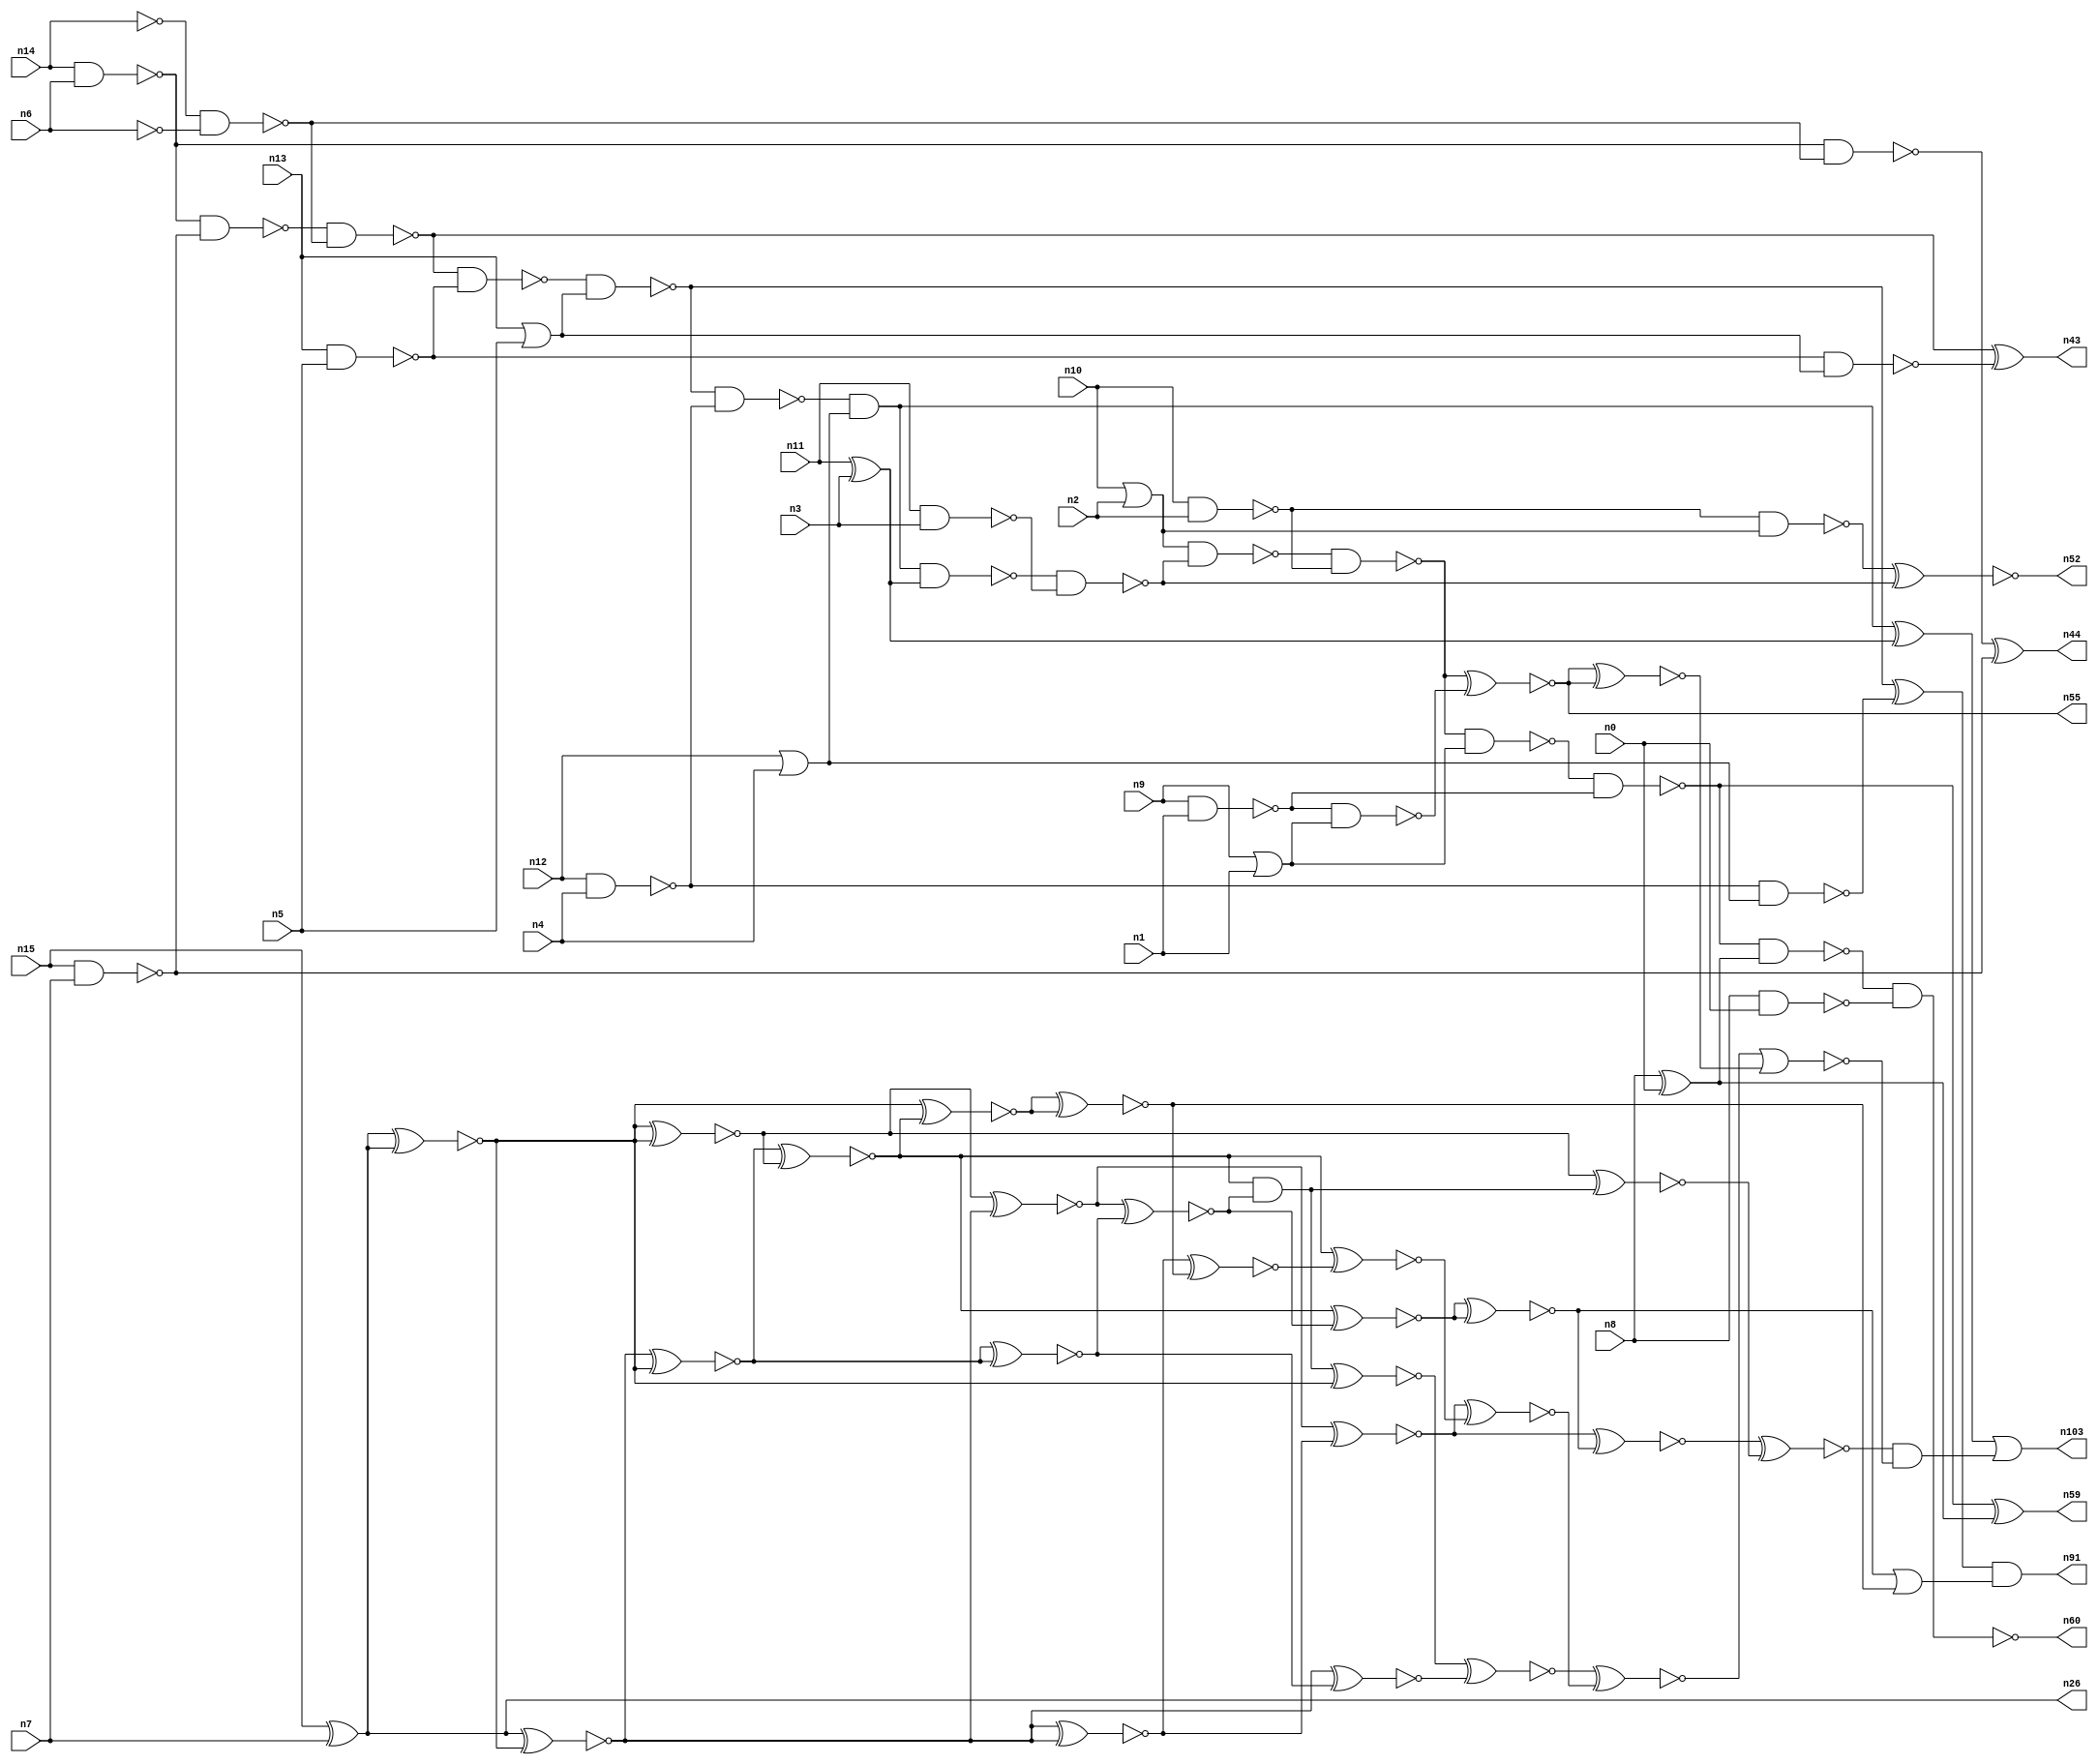
// This program was cloned from: https://github.com/umar-afzaal/ReCkt
// License: MIT License

// This file contains a pareto-optimal circuit with respect to area and the fault-resilince parameter p_fault which is defined as:
// "For all input vectors, the ratio of the no. of faults observable at the POs to the no. of total possible faults in the circuit".
// This code is part of the ReCkt library (https://github.com/umar-afzaal/ReCkt) distributed under The MIT License.
// When used, please cite the following article(s):
// U. Afzaal, A.S. Hassan, M. Usman and J.A. Lee, "On the Evolutionary Synthesis of Increased Fault-resilience Arithmetic Circuits".

// p_fault = 50.8 %    (Lower is better)
// gates = 85.0
// levels = 16
// area = 118.74    (For MCNC library relative to nand2)
// power = 841.0 uW    (Berkely-SIS for MCNC library @ Vdd=5V and 20 MHz clock)
// delay = 28.6 ns    (Berkely-ABC for MCNC library)
// PDP = 2.40526e-11 J

// Pin mapping:
// {n0, n1, n2, n3, n4, n5, n6, n7} = A[7:0]
// {n8, n9, n10, n11, n12, n13, n14, n15} = B[7:0]
// {n60, n59, n55, n52, n103, n91, n43, n44, n26} = O[8:0]

module addr8u_area_102 (
n0, n1, n2, n3, n4, n5, n6, n7, n8, n9, n10, n11, n12, n13, n14, n15, 
n60, n59, n55, n52, n103, n91, n43, n44, n26
);

input n0, n1, n2, n3, n4, n5, n6, n7, n8, n9, n10, n11, n12, n13, n14, n15;
output n60, n59, n55, n52, n103, n91, n43, n44, n26;
wire n96, n30, n69, n102, n68, n61, n79, n95, n46, n18, n93, n45, n56, n37, n80, n101, n53, n62, n40, n94, 
n25, n85, n67, n81, n22, n38, n97, n57, n39, n70, n19, n34, n76, n50, n29, n72, n35, n24, n63, n75, 
n49, n89, n74, n17, n65, n42, n87, n51, n82, n92, n78, n36, n47, n20, n23, n83, n16, n66, n48, n21, 
n41, n54, n27, n33, n28, n58, n86, n88, n71, n73, n31, n84, n32, n77, n64, n99;

nand (n16, n13, n5);
not (n17, n14);
or (n18, n12, n4);
nand (n19, n10, n2);
nand (n20, n15, n7);
or (n21, n10, n2);
not (n22, n6);
xor (n23, n8, n0);
or (n24, n13, n5);
nand (n25, n14, n6);
xor (n26, n15, n7);
nand (n27, n12, n4);
xor (n28, n11, n3);
nor (n29, n9, n1);
nand (n30, n8, n0);
nand (n31, n9, n1);
nand (n32, n11, n3);
nand (n33, n27, n18);
not (n34, n29);
nand (n35, n16, n24);
nand (n36, n25, n20);
nand (n37, n17, n22);
nand (n38, n19, n21);
nand (n39, n36, n37);
nand (n40, n25, n37);
nand (n41, n31, n34);
nand (n42, n39, n16);
xor (n43, n39, n35);
xor (n44, n40, n20);
nand (n45, n42, n24);
nand (n46, n45, n27);
xor (n47, n45, n33);
and (n48, n46, n18);
nand (n49, n48, n28);
xor (n50, n48, n28);
nand (n51, n49, n32);
xnor (n52, n38, n51);
nand (n53, n21, n51);
nand (n54, n53, n19);
xnor (n55, n54, n41);
nand (n56, n54, n34);
nand (n57, n56, n31);
nand (n58, n57, n23);
xor (n59, n57, n23);
nand (n60, n58, n30);
xnor (n61, n26, n26);
xnor (n62, n26, n26);
xnor (n63, n26, n26);
xnor (n64, n26, n26);
xnor (n65, n26, n26);
xnor (n66, n64, n61);
xnor (n67, n26, n61);
xnor (n68, n26, n63);
xnor (n69, n63, n26);
xnor (n70, n64, n62);
xnor (n71, n66, n69);
xnor (n72, n68, n65);
xnor (n73, n68, n61);
xnor (n74, n72, n70);
xnor (n75, n67, n69);
xnor (n76, n72, n73);
xnor (n77, n67, n76);
xnor (n78, n62, n74);
xnor (n79, n71, n76);
xnor (n80, n70, n73);
xnor (n81, n74, n79);
xnor (n82, n78, n78);
and (n83, n80, n79);
xnor (n84, n81, n81);
xnor (n85, n75, n82);
xnor (n86, n71, n75);
xnor (n87, n83, n65);
xnor (n88, n87, n77);
or (n89, n84, n82);
and (n91, n47, n89);
xnor (n92, n80, n85);
xnor (n93, n66, n83);
xnor (n94, n86, n84);
xnor (n95, n86, n92);
xnor (n96, n88, n95);
xnor (n97, n94, n93);
xnor (n99, n55, n55);
nor (n101, n96, n99);
and (n102, n97, n101);
or (n103, n50, n102);

endmodule